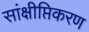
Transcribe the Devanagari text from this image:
सांक्षीप्तिकरण